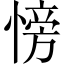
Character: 㥬